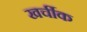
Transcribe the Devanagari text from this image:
खर्चीक